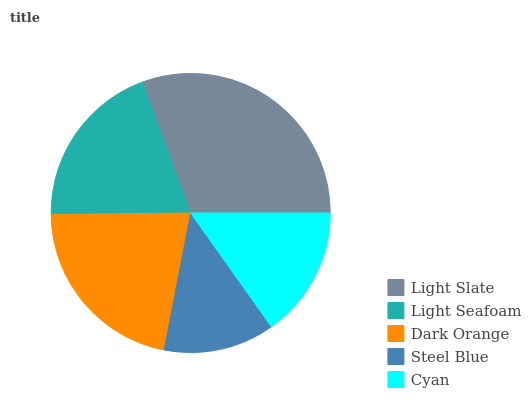
| Light Slate | Light Seafoam | Dark Orange | Steel Blue | Cyan |
 | --- | --- | --- | --- | --- |
 | 30.7% | 19.5% | 21.8% | 12.8% | 15.2% |